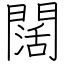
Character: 闊